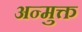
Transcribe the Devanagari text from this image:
अन्मुक्त